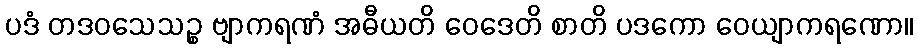
ပဒံ တဒဝသေသဉ္စ ဗျာကရဏံ အဓီယတိ ဝေဒေတိ စာတိ ပဒကော ဝေယျာကရဏော။